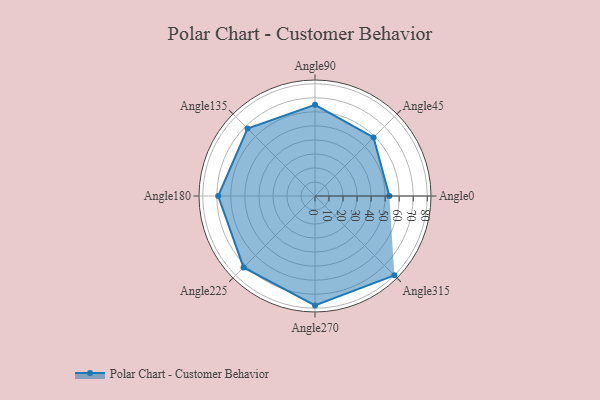
{"axis": {"x": "Angle", "y": "Radius"}, "legend": [""], "data": [{"x": "Angle0", "y": 53.0, "type": ""}, {"x": "Angle45", "y": 59.0, "type": ""}, {"x": "Angle90", "y": 65.0, "type": ""}, {"x": "Angle135", "y": 68.0, "type": ""}, {"x": "Angle180", "y": 69.0, "type": ""}, {"x": "Angle225", "y": 72.0, "type": ""}, {"x": "Angle270", "y": 78.0, "type": ""}, {"x": "Angle315", "y": 80.0, "type": ""}]}